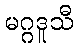
မဂ္ဂဒူသီ